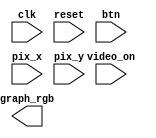
`timescale 1ns / 1ps

module pong_graph_animate(
			input clk, reset,
			input video_on,
			input wire [1:0]btn,
			input [9:0]pix_x, pix_y,
			output reg [2:0] graph_rgb
    );
localparam MAX_X = 640;
localparam MAX_Y = 480;
wire refr_tick;
localparam WALL_X_L = 32;
localparam WALL_X_R = 35;
localparam BAR_X_L = 600;
localparam BAR_X_R = 603;
wire [9:0]bar_y_t, bar_y_b;
localparam BAR_Y_SIZE = 72;
reg[9:0]bar_y_reg, bar_y_next;
localparam BAR_V = 4;
localparam BALL_SIZE = 8;
//,
wire [9:0]ball_x_l, ball_x_r;
//
wire [9:0]ball_y_t, ball_y_b;
//
reg [9:0] ball_x_reg, ball_y_reg;
wire ball_x_next, ball_y_next;
//
wire [2:0]rom_addr, rom_col;
reg [7:0]rom_data;
wire rom_bit;
//
wire sq_ball_on;
wire rd_ball_on;
//
reg[2:0]move_state;
parameter[2:0]
s0 = 3'b000,//
s1 = 3'b001,//
s2 = 3'b010,//
s3 = 3'b011,//
s4 = 3'b100,//
s7 = 3'b111;//
//
always@*
case(rom_addr)
	3'h0:rom_data = 8'b00111100;//  ****
	3'h1:rom_data = 8'b01111110;// ******
	3'h2:rom_data = 8'b11111111;//********
	3'h3:rom_data = 8'b11111111;//********
	3'h4:rom_data = 8'b11111111;//********
	3'h5:rom_data = 8'b11111111;//********
	3'h6:rom_data = 8'b01111110;// ******
	3'h7:rom_data = 8'b00111100;//  ****
endcase


endmodule